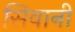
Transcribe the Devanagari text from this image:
सिवानी